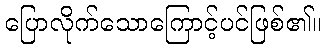
ပြောလိုက်သောကြောင့်ပင်ဖြစ်၏။